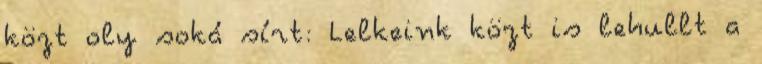
közt oly soká sírt: Lelkeink közt is lehullt a